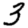
Digit: 3